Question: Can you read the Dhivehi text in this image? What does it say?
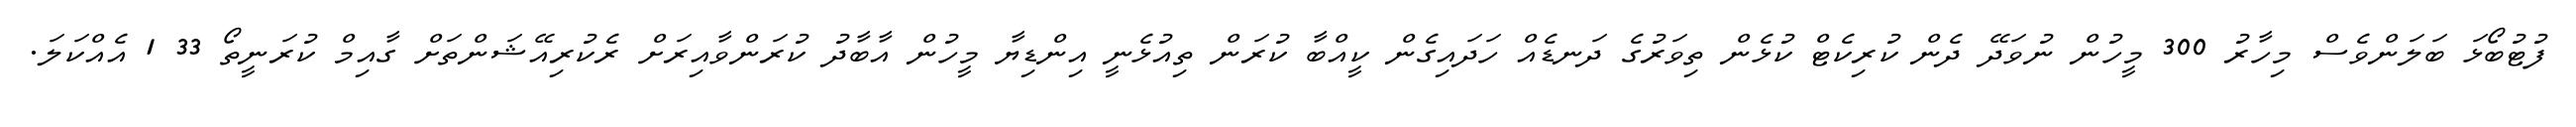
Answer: ފުޓުބޯޅަ ބަލަންވެސް މިހާރު 300 މީހުން ނުވަދޭ ދެން ކުރިކެޓް ކުޅެން ތިވަރުގެ ދަނޑެއް ހަދައިގެން ކީއްބާ ކުރަން ތިއުޅެނީ އިންޑިޔާ މީހުން އާބާދު ކުރަންވާއިރަށް ރެކުރިއޭޝަންތަށް ގާއިމް ކުރަނީތޯ 33 1 އެއްކަލަ.